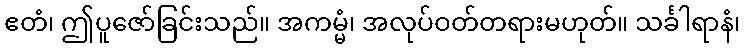
ဧတံ၊ ဤပူဇော်ခြင်းသည်။ အကမ္မံ၊ အလုပ်ဝတ်တရားမဟုတ်။ သင်္ခါရာနံ၊